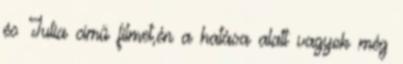
és Julia című filmet,én a hatása alatt vagyok még